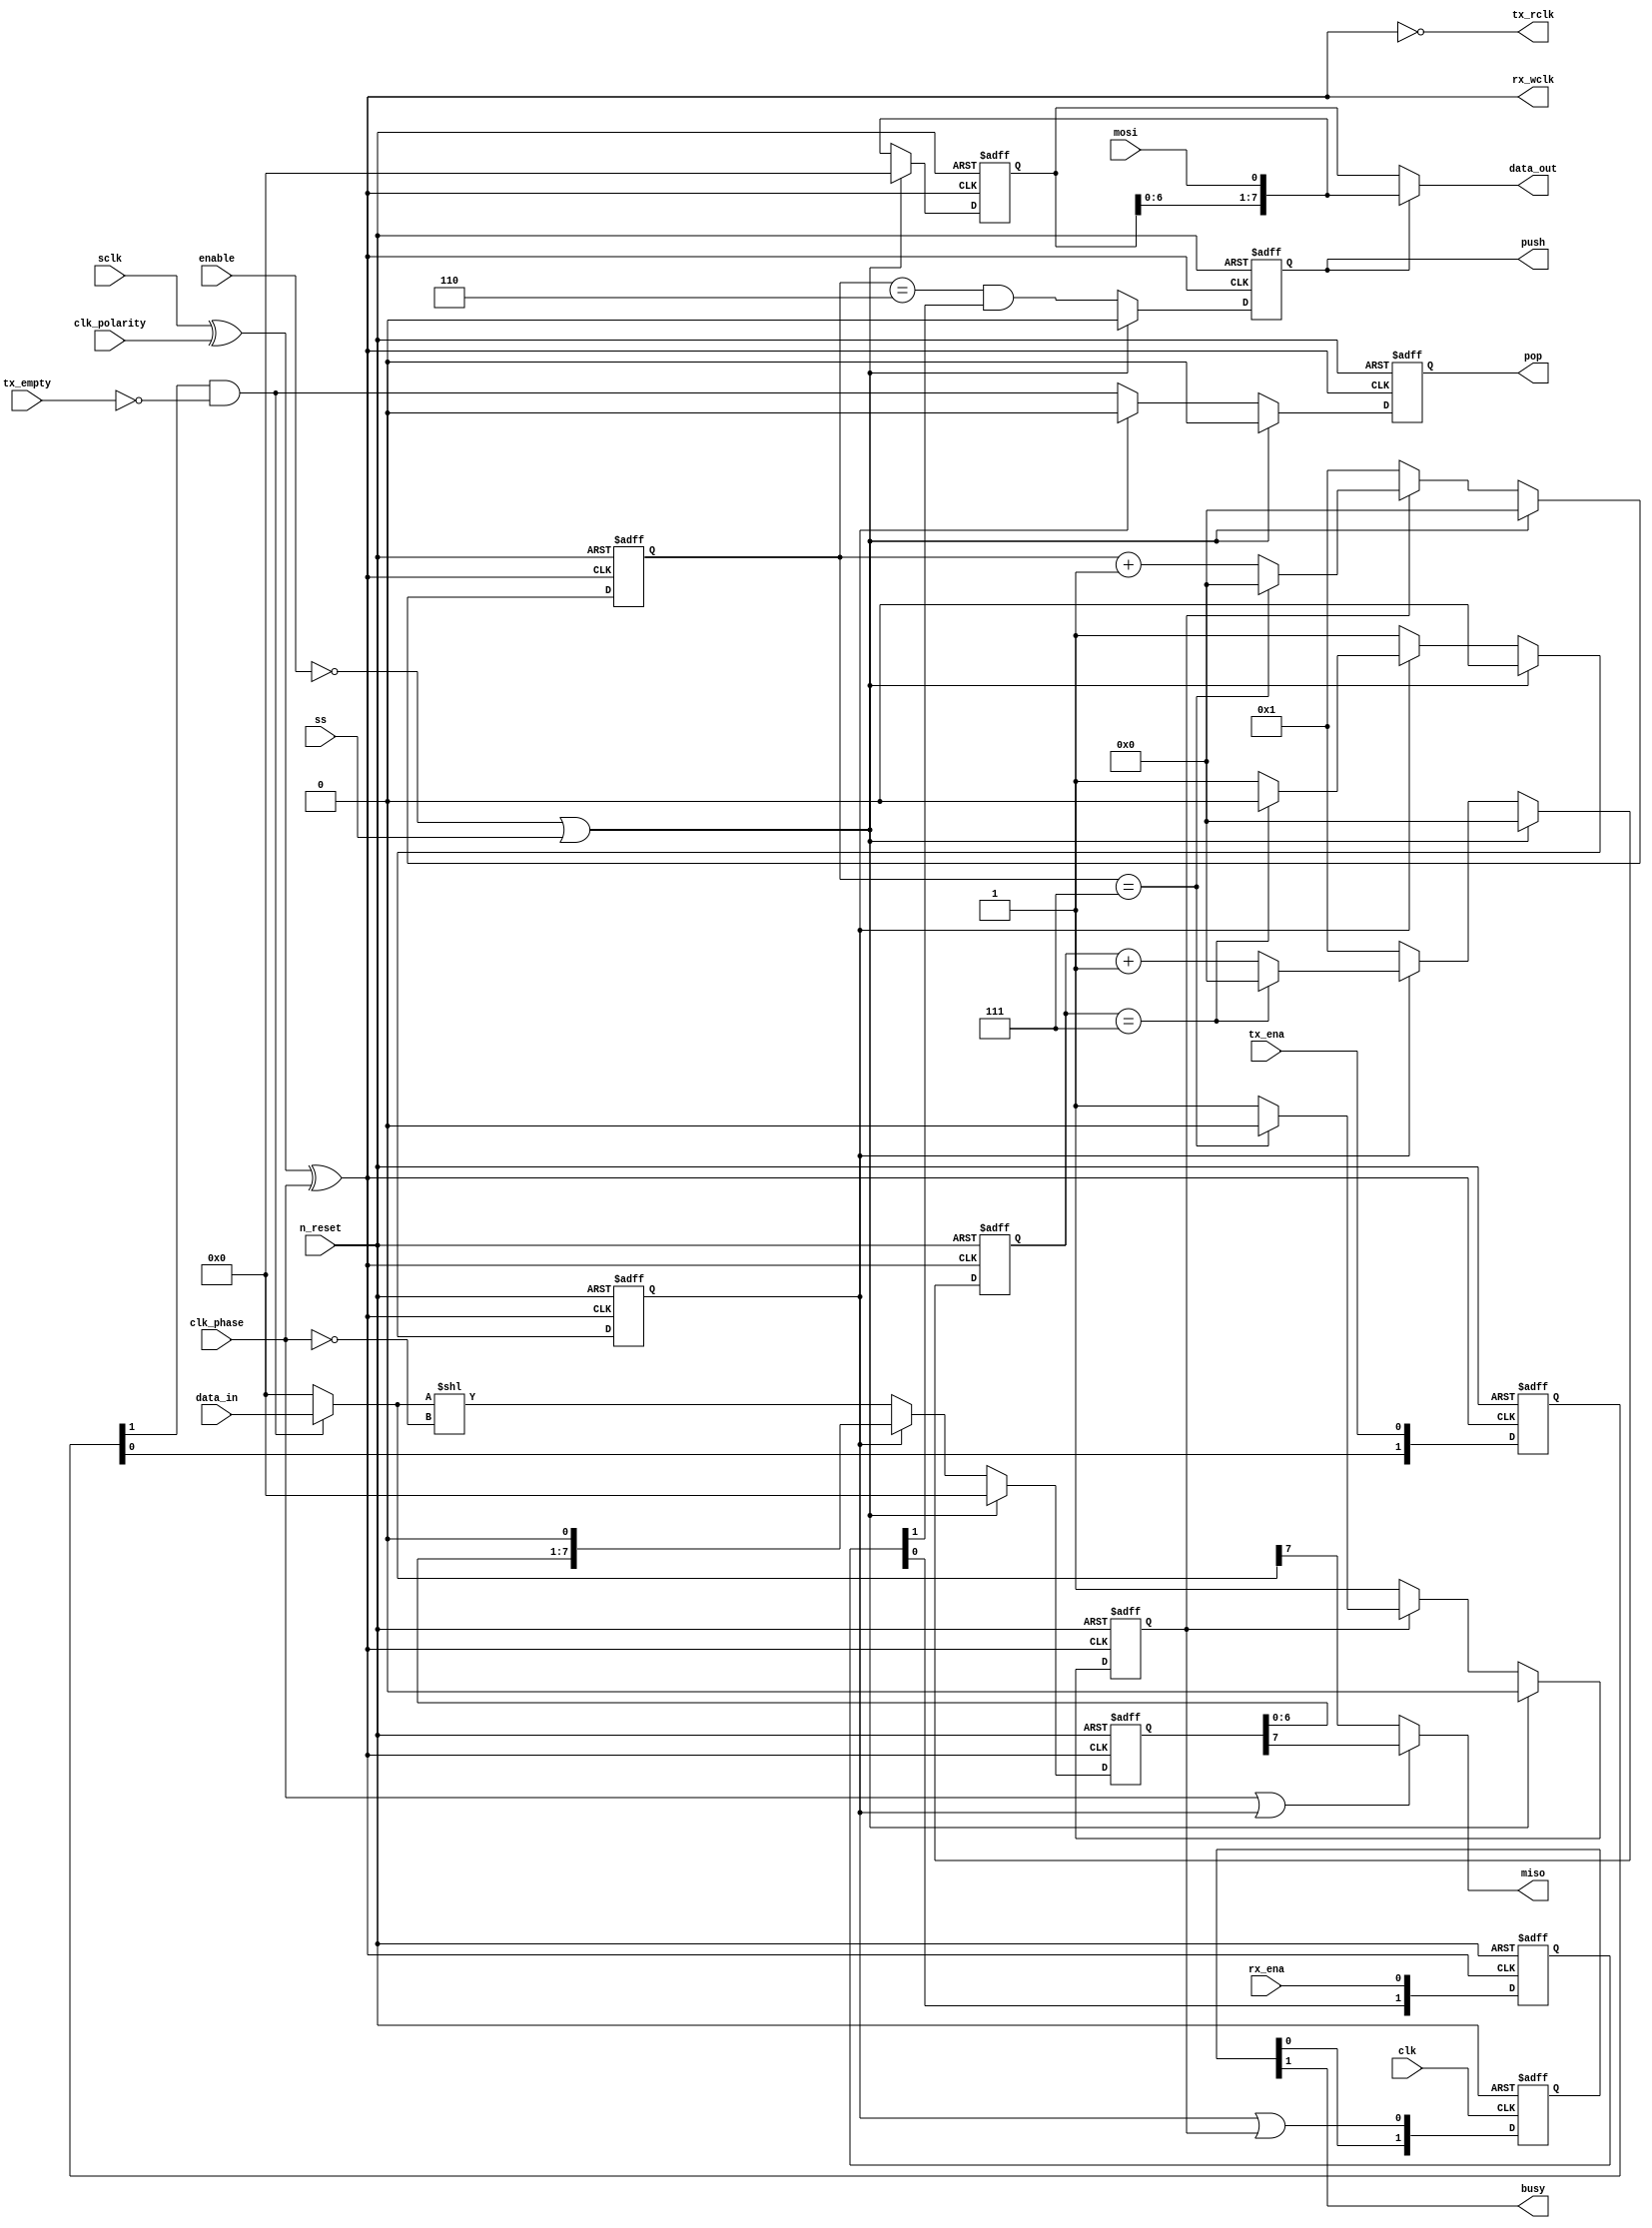
//
// Copyright 2022 FRAUNHOFER INSTITUTE OF MICROELECTRONIC CIRCUITS AND SYSTEMS (IMS), DUISBURG, GERMANY.
// --- All rights reserved --- 
// SPDX-License-Identifier: Apache-2.0 WITH SHL-2.1
// Licensed under the Solderpad Hardware License v 2.1 (the "License");
// you may not use this file except in compliance with the License, or, at your option, the Apache License version 2.0.
// You may obtain a copy of the License at
// https://solderpad.org/licenses/SHL-2.1/
// Unless required by applicable law or agreed to in writing, any work distributed under the License is distributed on an "AS IS" BASIS,
// WITHOUT WARRANTIES OR CONDITIONS OF ANY KIND, either express or implied.
// See the License for the specific language governing permissions and limitations under the License.
//

module airi5c_spi_slave
#(
    parameter                   DATA_WIDTH = 8
)
(
    input                       clk,
    input                       n_reset,
    input                       enable,

    input                       mosi,
    output                      miso,
    input                       sclk,
    input                       ss,

    input                       clk_polarity,
    input                       clk_phase,

    input                       tx_ena,
    input                       rx_ena,

    input                       tx_empty,

    output                      tx_rclk,
    output  reg                 pop,
    input   [DATA_WIDTH-1:0]    data_in,

    output                      rx_wclk,
    output  reg                 push,
    output  [DATA_WIDTH-1:0]    data_out,

    output                      busy
);

    wire                        clk_int         = sclk ^ clk_polarity ^ clk_phase;

    reg     [DATA_WIDTH-1:0]    tx_buffer;
    wire    [DATA_WIDTH-1:0]    tx_buffer_din;
    reg     [4:0]               tx_bit_counter;
    reg                         tx_busy;

    reg     [DATA_WIDTH-1:0]    rx_buffer;
    reg     [4:0]               rx_bit_counter;
    reg                         rx_busy;

    reg     [1:0]               tx_ena_sclk;
    reg     [1:0]               rx_ena_sclk;
    reg     [1:0]               busy_clk;

    wire                        tx_valid        = tx_ena_sclk[1] && !tx_empty;

    // last bit needs bypass, otherwise there would be no clock edge to push the data
    // first bit needs bypass when phase = 0, because master samples on same clock edge as tx buffer is loaded
    assign                      tx_buffer_din   = tx_valid ? data_in : 0;
    assign                      data_out        = push ? {rx_buffer[DATA_WIDTH-2:0], mosi} : rx_buffer;
    assign                      miso            = clk_phase || tx_busy ? tx_buffer[DATA_WIDTH-1] : tx_buffer_din[DATA_WIDTH-1];
    assign                      tx_rclk         = !clk_int;
    assign                      rx_wclk         = clk_int;
    assign                      busy            = busy_clk[1];

    // tx_ena signal is set in clk domain and needs to be crossed into sclk domain
    always @(posedge tx_rclk, negedge n_reset) begin
        if (!n_reset)
            tx_ena_sclk     <= 2'b11;

        else
            tx_ena_sclk     <= {tx_ena_sclk[0], tx_ena};
    end

    // rx_ena signal is set in clk domain and needs to be crossed into sclk domain
    always @(posedge rx_wclk, negedge n_reset) begin
        if (!n_reset)
            rx_ena_sclk     <= 2'b11;

        else
            rx_ena_sclk     <= {rx_ena_sclk[0], rx_ena};
    end

    // busy signals are set in sclk domain and need to be crossed into clk domain
    always @(posedge clk, negedge n_reset) begin
        if (!n_reset)
            busy_clk        <= 2'b00;

        else
            busy_clk        <= {busy_clk[0], tx_busy || rx_busy};
    end

    // posedge
    always @(posedge clk_int, negedge n_reset) begin
        if (!n_reset) begin
            rx_buffer       <= 0;
            rx_bit_counter  <= 5'h00;
            rx_busy         <= 1'b0;
            push            <= 1'b0;
        end

        else if (!enable || ss) begin
            rx_buffer       <= 0;
            rx_bit_counter  <= 5'h00;
            rx_busy         <= 1'b0;
            push            <= 1'b0;
        end

        else begin
            rx_buffer       <= {rx_buffer[DATA_WIDTH-2:0], mosi};
            push            <= (rx_bit_counter == DATA_WIDTH - 2) && rx_ena_sclk[1];

            if (!rx_busy) begin
                rx_bit_counter  <= 5'd1;
                rx_busy         <= 1'b1;
            end

            else begin
                if (rx_bit_counter == DATA_WIDTH - 1) begin
                    rx_bit_counter  <= 5'd0;
                    rx_busy         <= 1'b0;
                end

                else
                    rx_bit_counter  <= rx_bit_counter + 5'd1;
            end
        end
    end

    // negedge
    always @(negedge clk_int, negedge n_reset) begin
        if (!n_reset) begin
            tx_buffer       <= 0;
            tx_bit_counter  <= 5'h00;
            tx_busy         <= 1'b0;
            pop             <= 1'b0;
        end

        else if (!enable || ss) begin
            tx_buffer       <= 0;
            tx_bit_counter  <= 5'h00;
            tx_busy         <= 1'b0;
            pop             <= 1'b0;
        end

        else begin
            if (!tx_busy) begin
                tx_buffer       <= tx_buffer_din << !clk_phase;
                tx_bit_counter  <= 5'd1;
                tx_busy         <= 1'b1;
                pop             <= tx_valid;
            end

            else begin
                tx_buffer       <= tx_buffer << 1;
                pop             <= 1'b0;

                if (tx_bit_counter == DATA_WIDTH - 1) begin
                    tx_bit_counter  <= 5'd0;
                    tx_busy         <= 1'b0;
                end

                else
                    tx_bit_counter  <= tx_bit_counter + 5'd1;
            end
        end
    end

endmodule